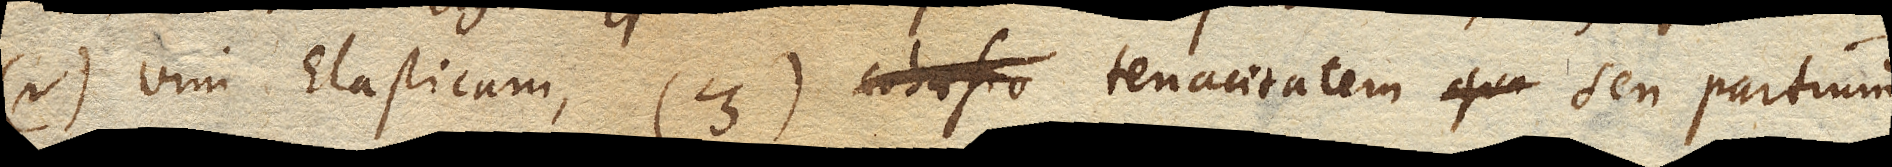
(2) vim Elasticam, (3) tenacitatem seu partium